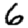
Digit: 6